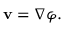
\mathbf { v } = \nabla \varphi .